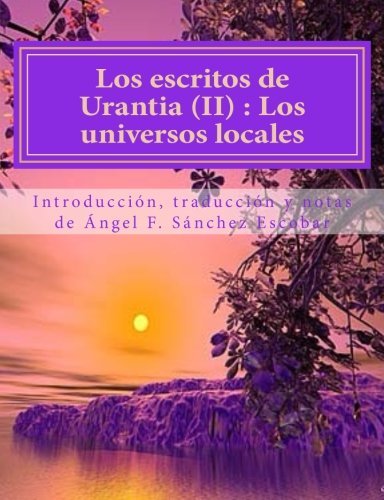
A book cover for Los escritos de Urantia (II)  Los universos locales: Nueva traducciÃ³n con citas bÃ­blicas y anotaciones (Volume 2) (Spanish Edition); ÃEngel F. SÃ¡nchez-Escobar; Religion & Spirituality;